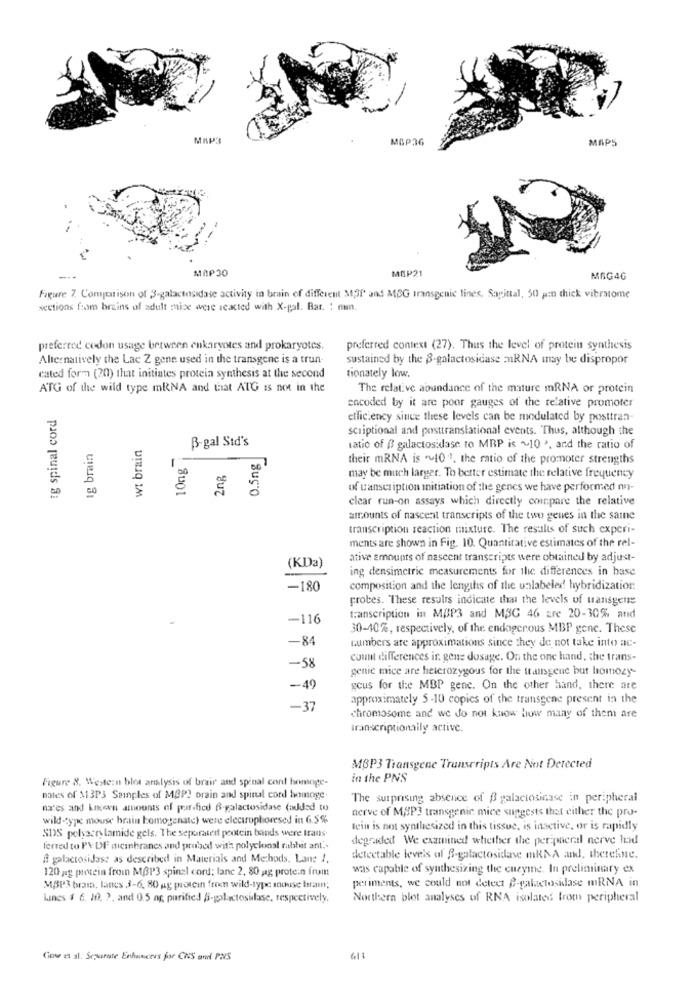
MAP3
MGP36
MAPS
MAP30
MOP21
MAG46
Figure 7. Comparison of 3-galactosidase activity in brain of different M,OP and MOG transgenic lines. Sagittal, 50 pan thick vibratome
sections from brains of adult mise were reacted with X-gal. Bar. : nam.
preferred codon usage between eukaryotes and prokaryotes.
preferred context (27). Thus the level of protein synthesis
Alternatively the Lac Z gene used in the transgene is a trun.
sustained by the 3-galactosidase ERNA may be dispropor
cated form (20) that initiates protein synthesis at the second
tionately low.
ATG of the wild type mRNA and that ATG is not in the
The relative abundance of the mature mRNA or protein
ig spinal cord
encoded by it are poor gauges of the relative promoter
elliciency since these levels can be modulated by posttran-
scriptional and posttranslational events. Thus, although the
Ig brain
wt brain
B-gal Std's
0.5ng
tatic of @ galactosidase to MRP is ~10 ', and the ratio of
1
10ng
their mRNA is "107, the ratio of the promoter strengths
2ng
may be much larger. To better estimate the relative frequency
of uanscription initiation of the genes we have performed mu-
clear run-on assays which directly compare the relative
amounts of nascent transcripts of the two genes in the same
transcription reaction mixture. The results of such experi-
ments are shown in Fig. 10. Quantitative estimates of the rel-
(KDa)
ative amounts of nascent transcripts were obtained by adjust-
ing densimetric measurements for the differences in base
-180
composition and the lengths of the unlabeled! hybridization
probes. These results indicate that the levels of uansgente
-116
transcription in MOP3 and M3G 46 are 20-30% and
30-40%, respectively, of the endogcrous MBP gene. These
-84
numbers are approximations since they do not take into ac-
count differences in gene dosage. On the one hand, the trans-
-58
genie mice are heterozygous for the transgene but homozy-
-- 49
gcus for the MBP genc. On the other hand, there are
approximately 5 -10 copies of the transgene present in the
-37
chromosome and we do not know how many of them are
transcriptionaily active.
MBP3 Transgene Transcripts Are Not Detected
Figure 8. Western blot analysis of brain and spinal cont homoge-
in the PNS
nates of $1313 Samples of MAP2 orain and spinal cord bomoge.
The surprising absence of B palaciosicase in peripheral
naves and kneen amounts of purificd fi-galactosidase (added to
nerve of MAP3 transgenic mice suggests that either the pro-
wild-type mouse brain homogenate) were electrophoresed in 6.5%
SDS polyacry lamide gels. The separated protein bands were trans
tein is not synthesized in this tissue, is inactive, or is rapidly
degraded We examined whether the peripheral nerve leid
ferred to PV DF micibrancs and probed with polyclonal rabbit ant ..
a galactosidase as described in Materials and Methods, Lane !.
detectable levels af B-galactosidase mRNA and, therefine.
120 je protein from MBP3 spinal cord; lanc 2, 80 g protein from
was capable of synthesizing the enzyme. In preliminary ex
MBP3 bram, lanes 3-6, 80 ag protein free wild-type mouse bram;
periments, we could not detect 2-galactosidase mRNA in
Lines 4 6. 10, ?, and 0.5 ng, purified 6-polsctosidase, respectively,
Northern blot analyses of RNA isolated from peripheral
119
Gov et al. Separate Enhancers for CWS enl PNS